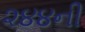
૨૪૪ની